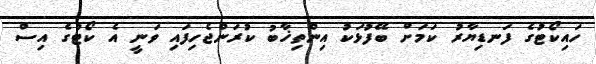
ހައިކޯޓުގެ ފަނޑިޔާރު ކަމަށް ބޭފުޅަކު އިންތިޚާބު ކުރަންޖެހިފައި ވަނީ އެ ކޯޓުގެ އިސް